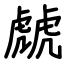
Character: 虤